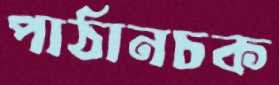
পাঠানচক